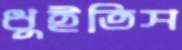
ধুইতিস